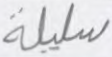
سليلة